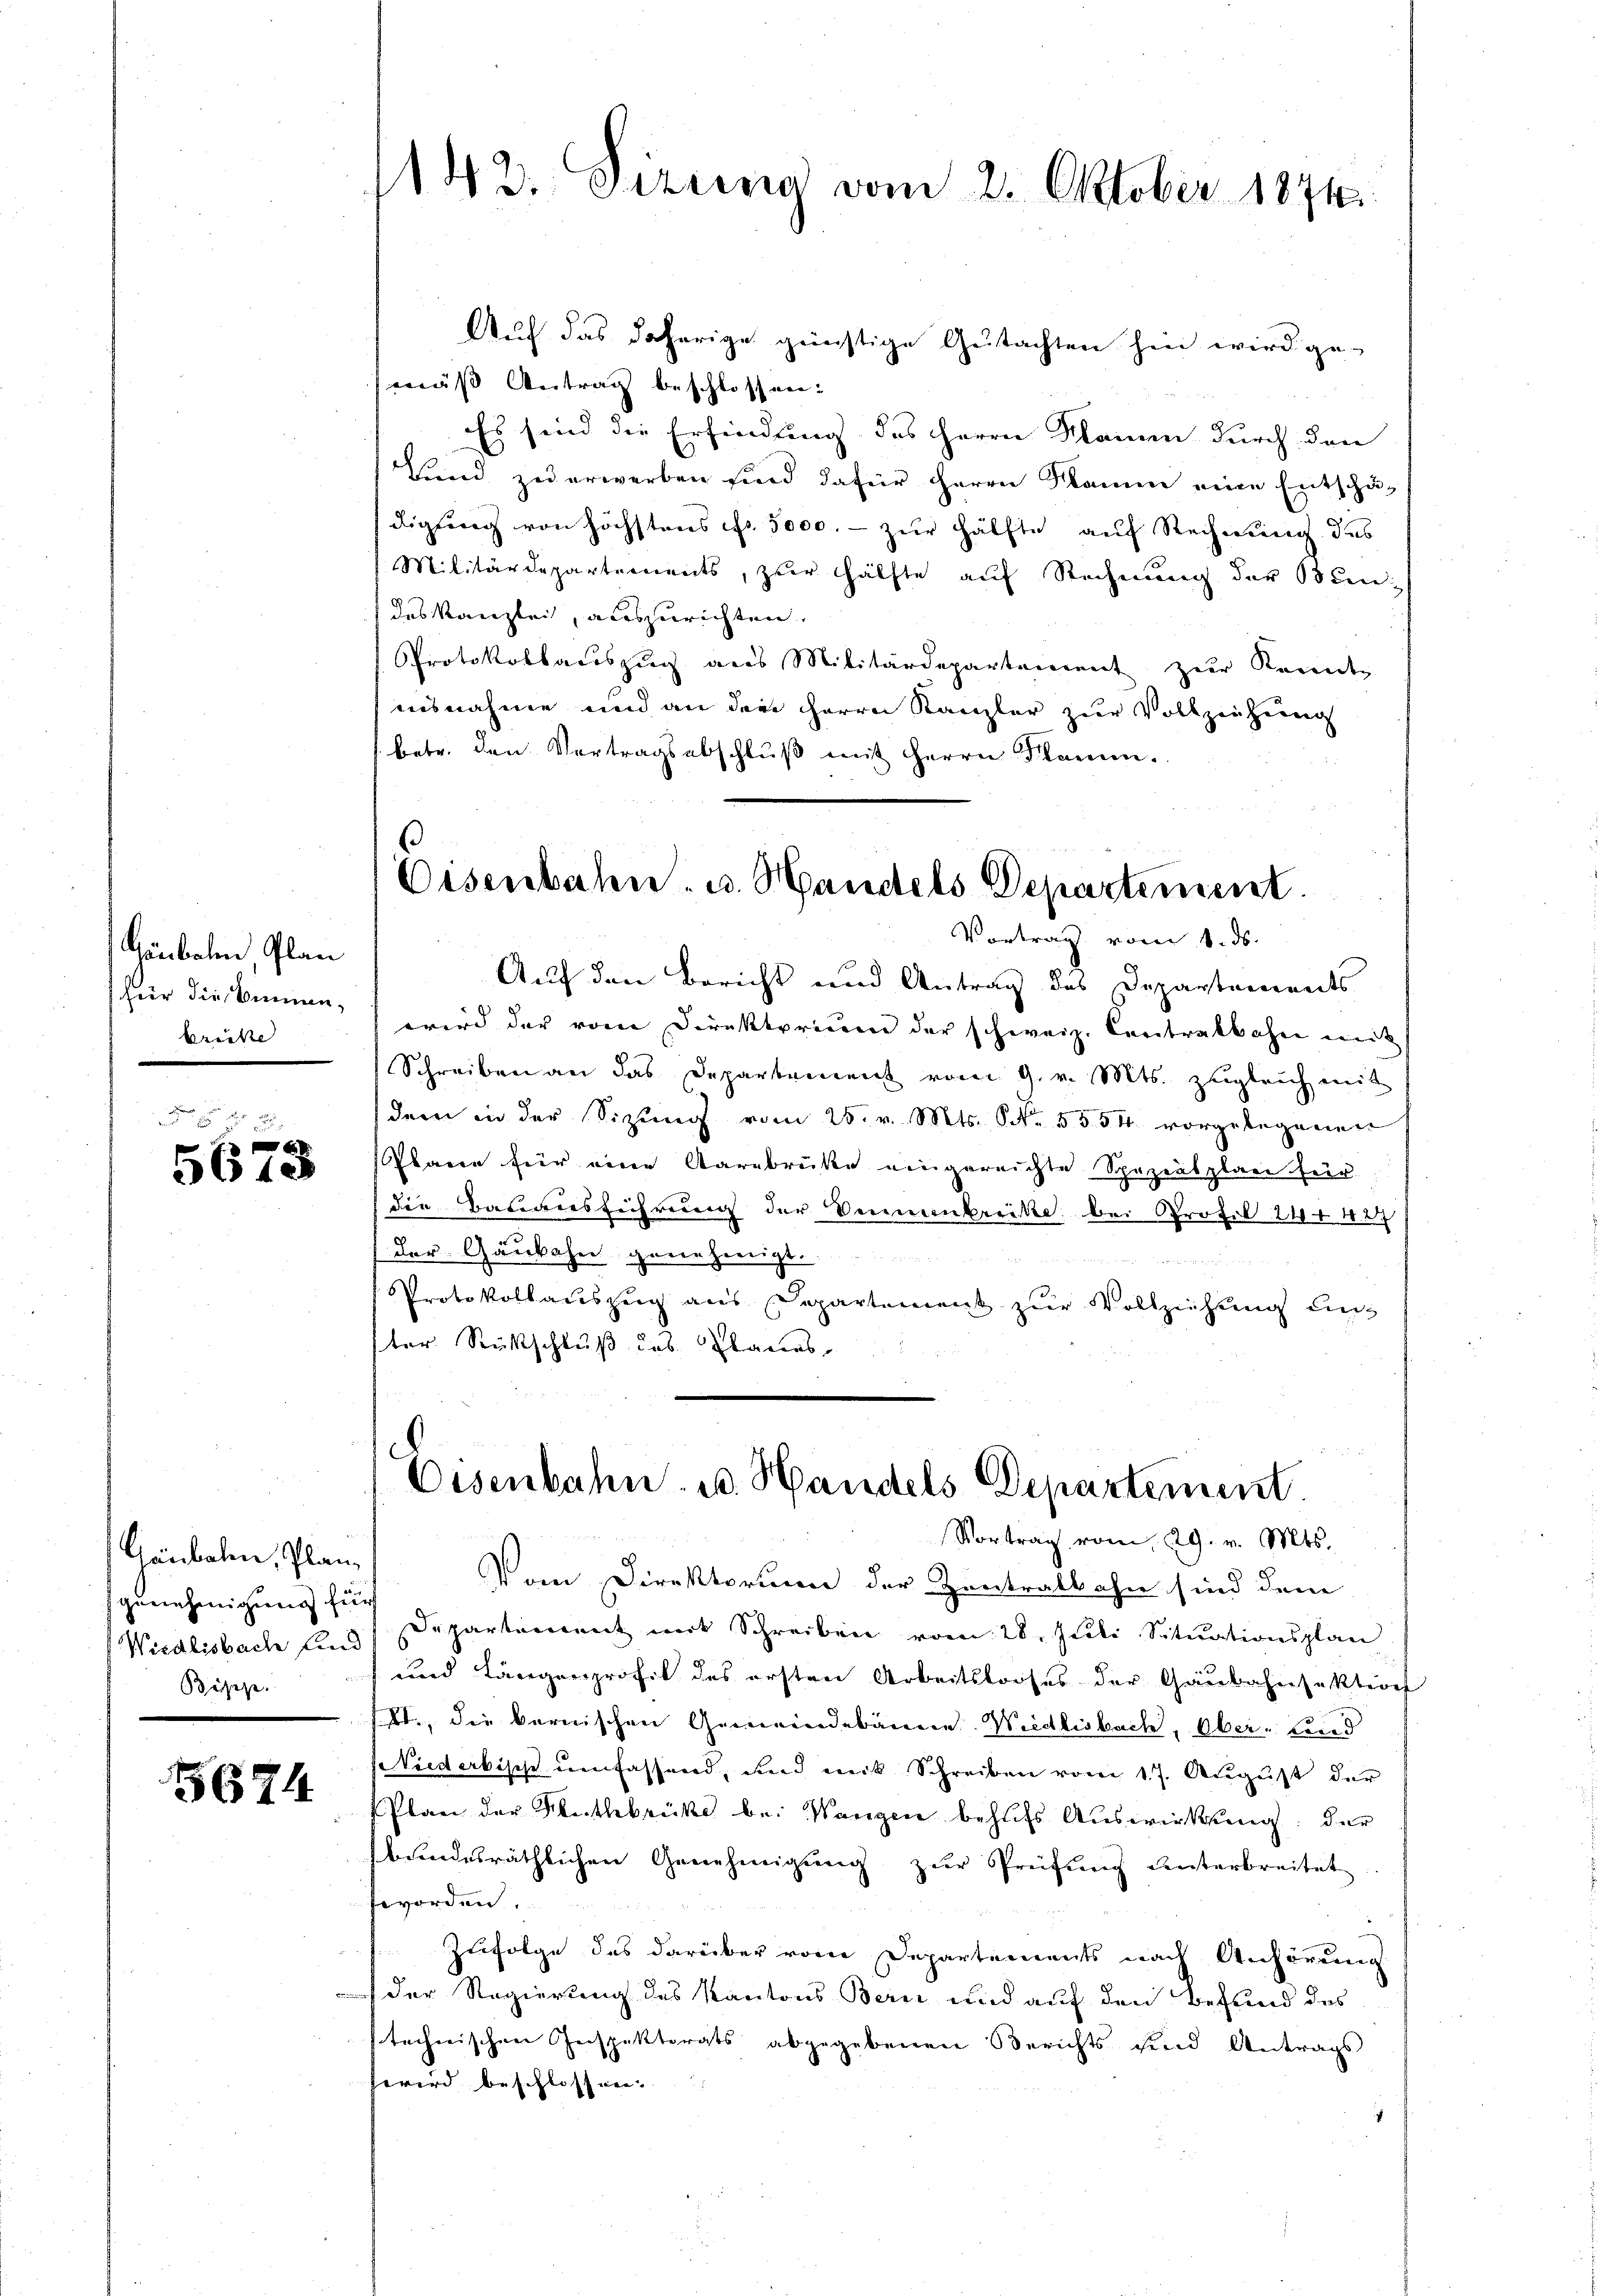
Gäubolen Plan
fier dies binnen,
brücke

12

Haibalen, Plan,
genehmigung für
Bieze

674

143. Eizung vom 2. Oktober 1874.

Auf das daherige grünstige Gutachten hin wird ge-
mäß Antrag beschlossen:
Es sind die Erfindung des Herrn Namen durch den
Lund zu erwerben sind dafür Herrn Name eine Entschädigung von höchstens fr. 5000. - zur Hälfte auf Rechnung des
Militärdepartements, zur Hälfte auf Rechnung der Bundes Kanzlei, auszurichten.
Protokollauszug aus Militärdepartement zur Kanden
aisnahme und an der Herrn Kanzler zur Vollziehung
betr. den Vertragsabschlŭβ mit Herrn Flammen.

Eisenbahn. u. Handels Departement
Vortrag vom 1. ds.

Auf den Bericht und Antrag des Departements
wird der vom Direktorium der schweiz. Centralbahn mit
Schreiben an das Departement vom 9. v. Mts. zŭgleich mit
dem in der Sitzung vom 25. v. Mts. S. 5554 vorgelegenen
Plane für eine Aarebrüke eingereichte Spezialpläne für
die Bauausführung der kennenbreite bei Profil 241. 427
(der Gaukahn genehmigt.
Protokollauszug aus Departement zur Vollziehung un
ter Rückschluß das Planes.

Eisenbahn- u. Handels Departement.
Vortrag vom 29. v. Mts.

Vom Direktorium der Zentralbahn sind dem
Wiedlisbach und Departement mit Schreiben vom 28. Juli, Sitŭationsplan
und Längenprofil des ersten Arbeitslooses der Gaubahnfektion
t., die bernischen Gemeindebauen Wiedlisbach, Ober- und
Viederbisch umfassend, und mit Schreiben vom 17. August der
Plan der Muthbrücke bei Wangen behufs Auswirkung: der
bundesräthlichen Genehmigung zur Prüfung unterbreitet
eworden.
Zufolge des darüber vom Departements nach Anhörung
der Regierung des Kantons Bern und auf den Befund des
stechnischen Inspektorats abgegebenen Berichts sind Antrags
hwird beschlossnen.